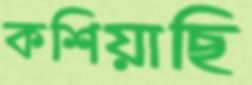
কশিয়াছি